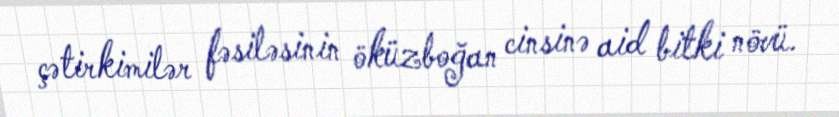
çətirkimilər fəsiləsinin öküzboğan cinsinə aid bitki növü.